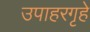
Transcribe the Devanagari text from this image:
उपाहरगृहे